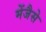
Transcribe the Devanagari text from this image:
मेंजैसे